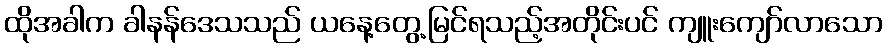
ထိုအခါက ခါနန်ဒေသသည် ယနေ့တွေ့မြင်ရသည့်အတိုင်းပင် ကျူးကျော်လာသော